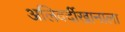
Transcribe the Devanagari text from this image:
अलिवर्दीखानाला